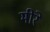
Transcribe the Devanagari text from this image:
मीरे